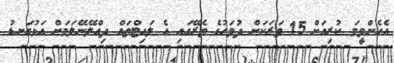
އެހެންވީމަ ކުރިއަށް 15 ވަރަކަށް ދުވަހުގެ ތެރޭގައި އެ ލައިޓްތައް ދިއްލޭނޭލަމަށް އަޅުގަނޑު